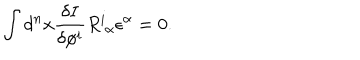
\int d ^ { n } x \frac { \delta I } { \delta \phi ^ { i } } R _ { \ \alpha } ^ { i } \epsilon ^ { \alpha } = 0 .